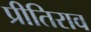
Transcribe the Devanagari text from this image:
प्रीतिराव